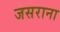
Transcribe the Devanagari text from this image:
जसराना